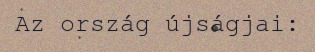
Az ország újságjai: